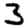
Digit: 3